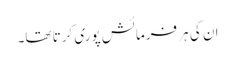
ان کی ہر فرمائش پوری کرتا تھا۔